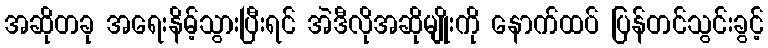
အဆိုတခု အရေးနိမ့်သွားပြီးရင် အဲဒီလိုအဆိုမျိုးကို နောက်ထပ် ပြန်တင်သွင်းခွင့်